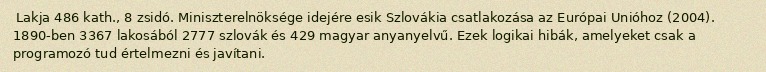
Lakja 486 kath., 8 zsidó. Miniszterelnöksége idejére esik Szlovákia csatlakozása az Európai Unióhoz (2004). 1890-ben 3367 lakosából 2777 szlovák és 429 magyar anyanyelvű. Ezek logikai hibák, amelyeket csak a programozó tud értelmezni és javítani.